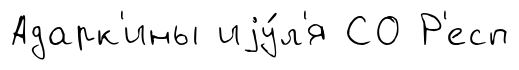
Адарк'ины иjу́л'я СО Р'есп